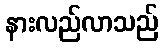
နားလည်လာသည်